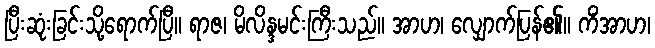
ပြီးဆုံးခြင်းသို့ရောက်ပြီ။ ရာဇ၊ မိလိန္ဒမင်းကြီးသည်။ အာဟ၊ လျှောက်ပြန်၏။ ကိံအာဟ၊